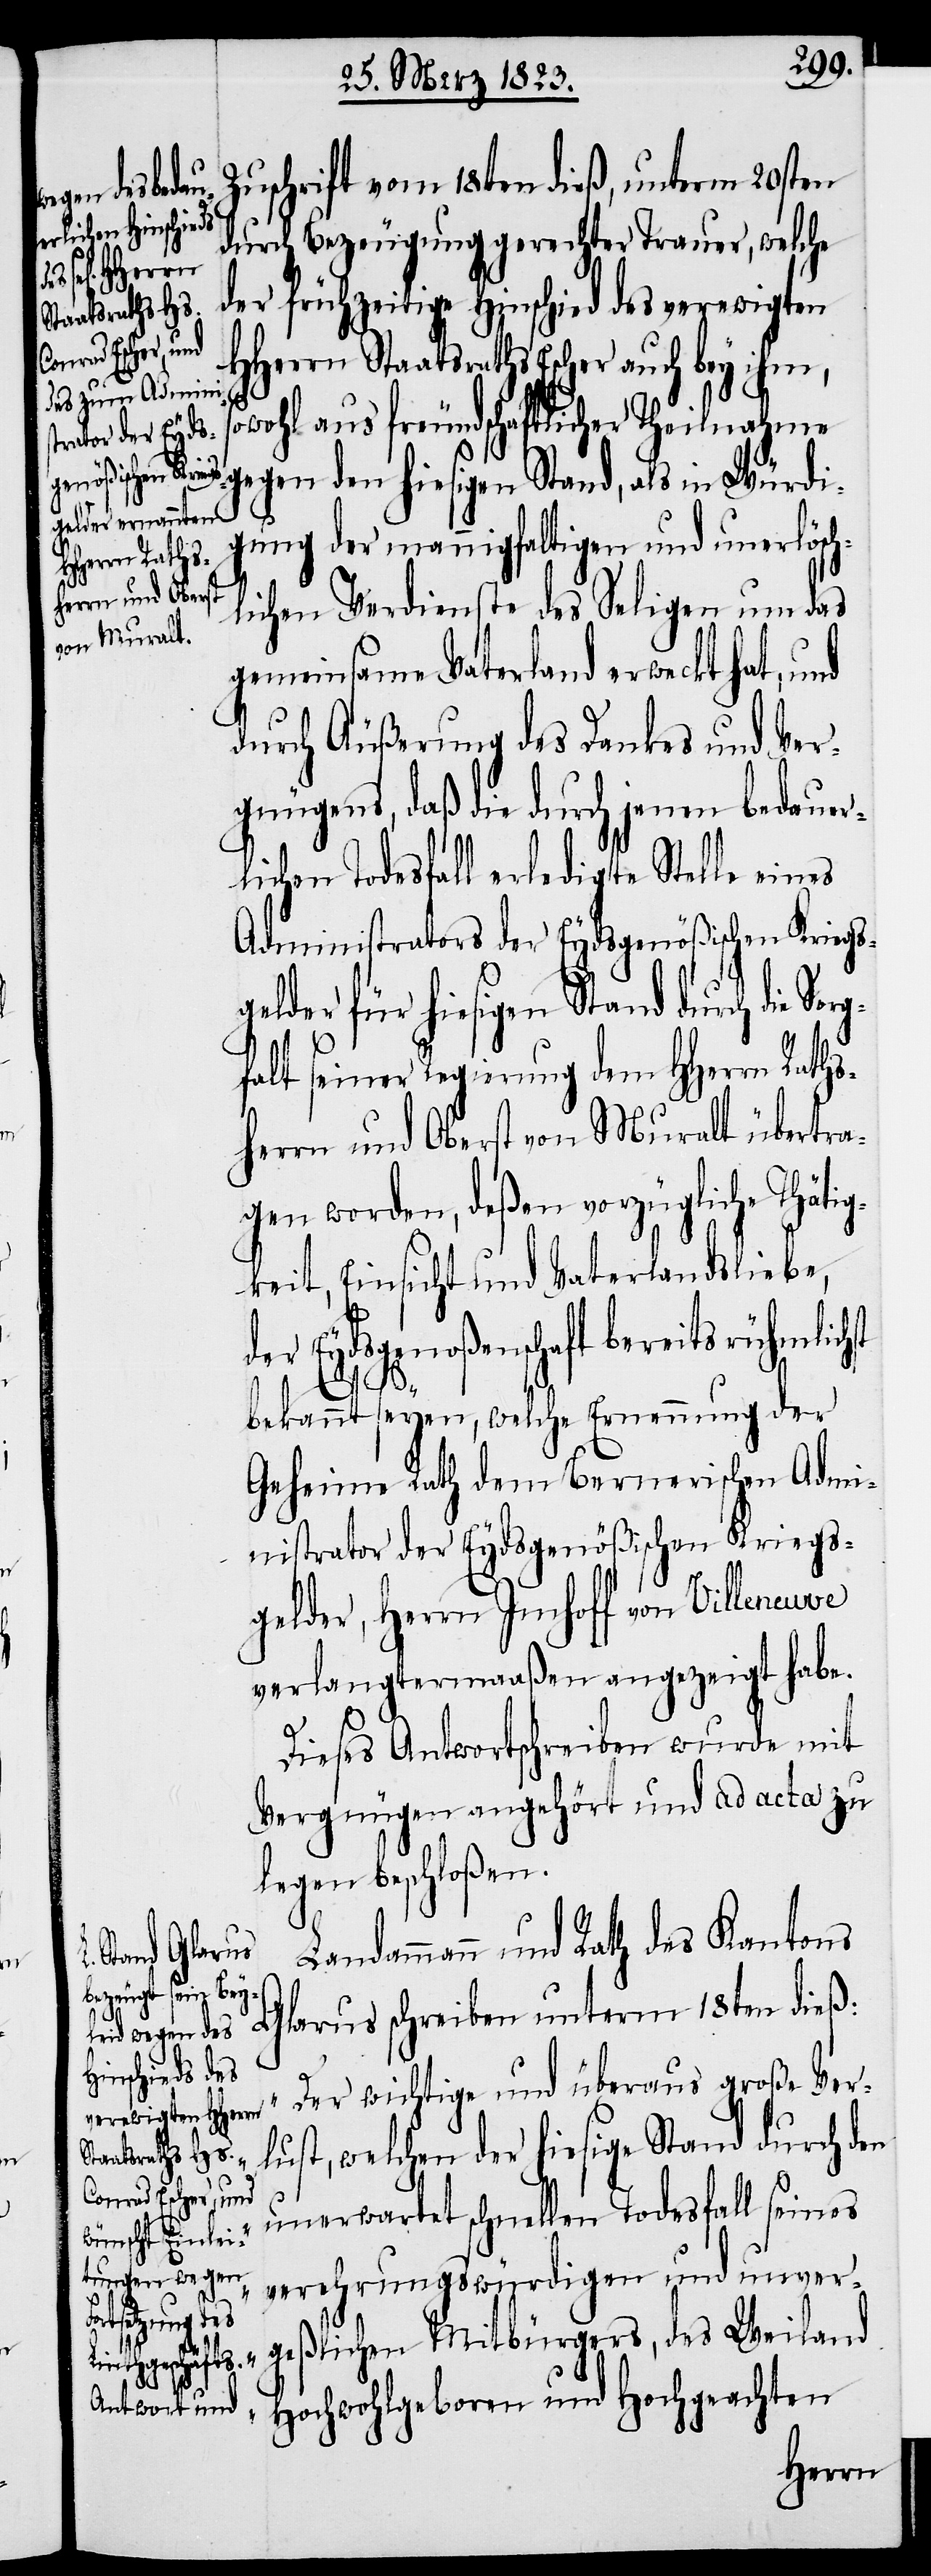
Zuschrift vom 18ten dieß, unterm 20sten
durch Bezeugung gerechter Trauer, welche
der frühzeitige Hinschied des verewigten
HHerrn Staatsraths Escher auch bey ihm,
sowohl aus freundschaftlicher Theilnahme
gegen den hiesigen Stand, als in Würdi¬
gung der mannigfaltigen und unerlösch¬
lichen Verdienste des Seligen um das
gemeinsame Vaterland erweckt hat, und
durch Äußerung des Dankes und Ver¬
gnügens, daß die durch jenen bedauer¬
lichen Todesfall erledigte Stelle eines
Administrators der Eydsgenößischen Kriegs¬
elder für hiesigen Stand durch die
falt seiner Regierung dem HHerrn Raths¬
herrn und Oberst von Muralt übertra¬
gen worden, deßen vorzügliche Thätig¬
keit, Einsicht und Vaterlandsliebe,
der Eydsgenoßenschaft bereits rühmlichst
bekannt seyen, welche Ernennung der
Geheime Rath dem Bernerischen Admi¬
nistrator der Eydsgenößischen Kriegs¬
gelder, Herrn Imhoff von Villeneuve
verlangtermaaßen angezeigt habe.
Dieses Antwortschreiben wurde mit
Vergnügen angehört und ad acta zu
legen beschloßen.
dammann und Rath des Kantons
larus schreiben unterm 18ten dieß:
G¬
„Der wichtige und überaus große Ver¬
lust, welchen der hiesige Stand durch den
unerwartet schnellen Todesfall seines
verehrungswürdigen und unver¬
Lan¬
geßlichen Mitbürgers, des Weiland
Hochwohlgeboren und Hochgeachten